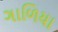
ગાળિયા